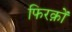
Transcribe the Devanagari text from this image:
फिरक़ों